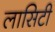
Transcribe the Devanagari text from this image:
लासिटी